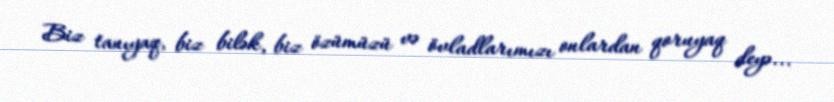
Biz tanıyaq, biz bilək, biz özümüzü və övladlarımızı onlardan qoruyaq deyə...